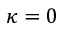
\kappa = 0